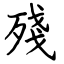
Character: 殘